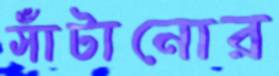
সাঁটানোর